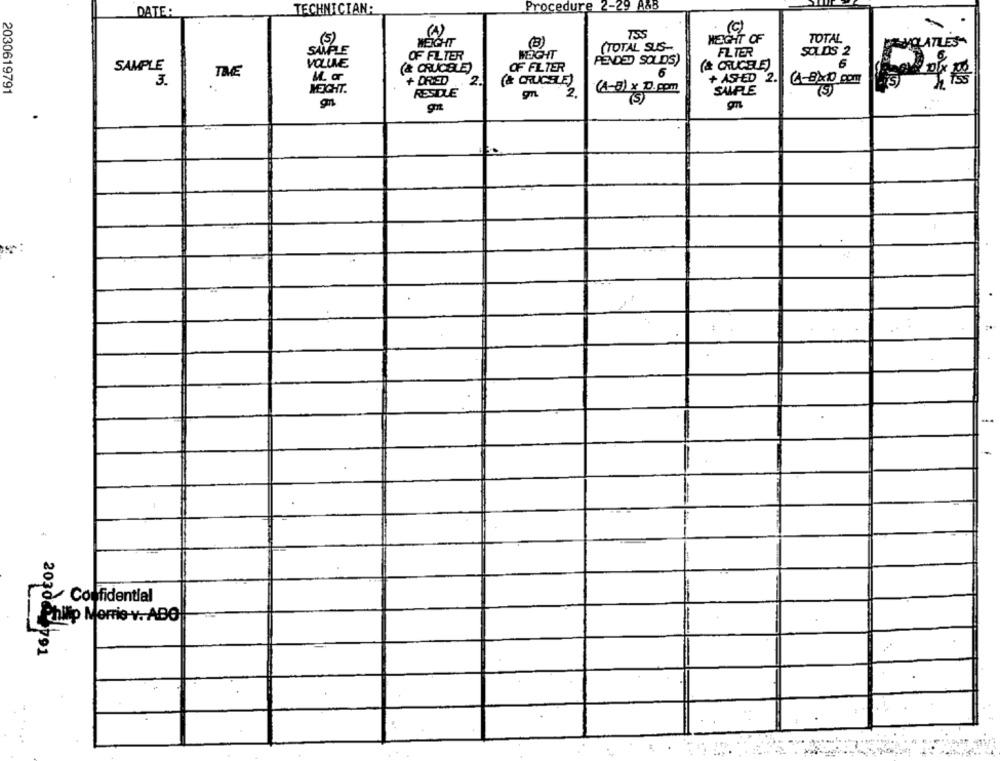
Procedure 2-29 A4B
DATE:
TECHNICIAN:
(A)
(C)
755
WEIGHT OF
TOTAL
(5)
WEIGHT
(B)
HOLATLES
SAMPLE
(TOTAL SUS-
FLTER
SOLDS 2
OF FILTER
WEIGHT
PENDED SOLDS)
SAMPLE
VOLUME
OF FILTER
(& CRUCELE)
THEE
6
3.
+ DRIED
2.
(& CRUCELE)
+ ASHED 2.
2030619791
MECHT.
(A-8) x D.com
SAMPLE
4-B)x10 com
(5)
RESTLE
gn
2.
(S)
.
4 +
Confidential
2030
Philip Morris-v. ABO
2791